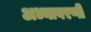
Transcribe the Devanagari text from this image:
अध्यावरणी